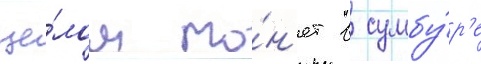
це́лом то́н'ет в сумбу́р'е